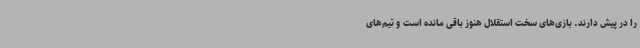
را در پیش دارند. بازی‌های سخت استقلال هنوز باقی مانده است و تیم‌های